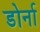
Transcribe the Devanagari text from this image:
डोर्ना